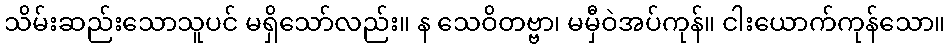
သိမ်းဆည်းသောသူပင် မရှိသော်လည်း။ န သေဝိတဗ္ဗာ၊ မမှီဝဲအပ်ကုန်။ ငါးယောက်ကုန်သော။